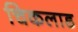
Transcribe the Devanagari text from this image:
चिकलाड